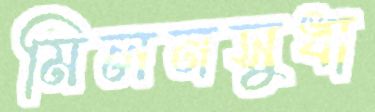
মিলনসুধা